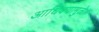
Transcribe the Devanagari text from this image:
आधिक्यामुळे